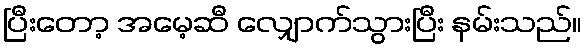
ပြီးတော့ အမေ့ဆီ လျှောက်သွားပြီး နမ်းသည်။